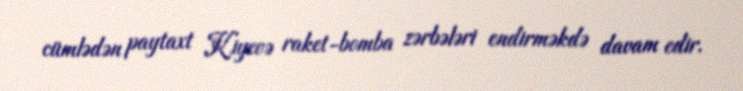
cümlədən paytaxt Kiyevə raket-bomba zərbələri endirməkdə davam edir.